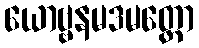
ယောဗ္ဗနမဒမတ္တော